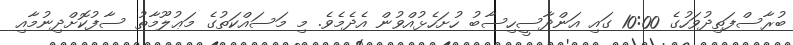
ބުރާސްފަތިދުވަހުގެ 10:00 ގައި އަންދާސީހިސާބު ހުށަހެޅުއްވުން އެދެމެވެ. މި މަސައްކަތުގެ މަޢުލޫމާތު ސާފުކޮށްދިނުމާއި